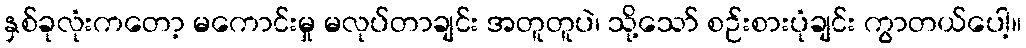
နှစ်ခုလုံးကတော့ မကောင်းမှု မလုပ်တာချင်း အတူတူပဲ၊ သို့သော် စဉ်းစားပုံချင်း ကွာတယ်ပေါ့။